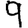
Digit: 9